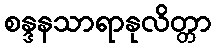
စန္ဒနသာရာနုလိတ္တာ